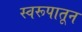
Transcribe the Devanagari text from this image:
स्वरूपातून